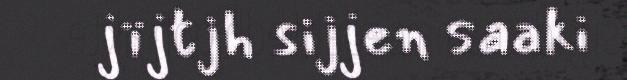
jïjtjh sijjen saaki